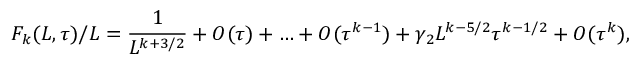
F _ { k } ( L , \tau ) / L = { \frac { 1 } { L ^ { k + 3 / 2 } } } + O ( \tau ) + \ldots + O ( \tau ^ { k - 1 } ) + \gamma _ { 2 } L ^ { k - 5 / 2 } \tau ^ { k - 1 / 2 } + O ( \tau ^ { k } ) ,